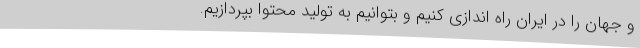
و جهان را در ایران راه اندازی کنیم و بتوانیم به تولید محتوا بپردازیم.